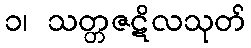
၁၊ သတ္တဇဋိလသုတ်